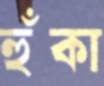
হুঁকা